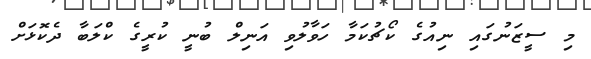
މި ސީޒަނުގައި ނިއުގެ ކޯޗުކަމާ ހަވާލުވި އަނިލް ބުނީ ކުރީގެ ކްލަބާ ދެކޮޅަށް